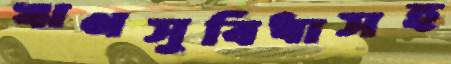
ঋণসুবিধাসহ